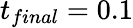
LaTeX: t_{final}=0.1